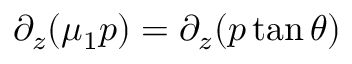
\partial _ { z } ( \mu _ { 1 } p ) = \partial _ { z } ( p \tan \theta )